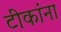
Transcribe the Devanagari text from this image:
टीकांना